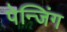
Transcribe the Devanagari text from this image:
पेन्जिंग